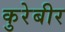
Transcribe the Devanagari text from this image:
कुरेबीर